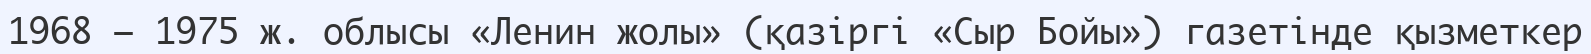
1968 – 1975 ж. облысы «Ленин жолы» (қазіргі «Сыр Бойы») газетінде қызметкер